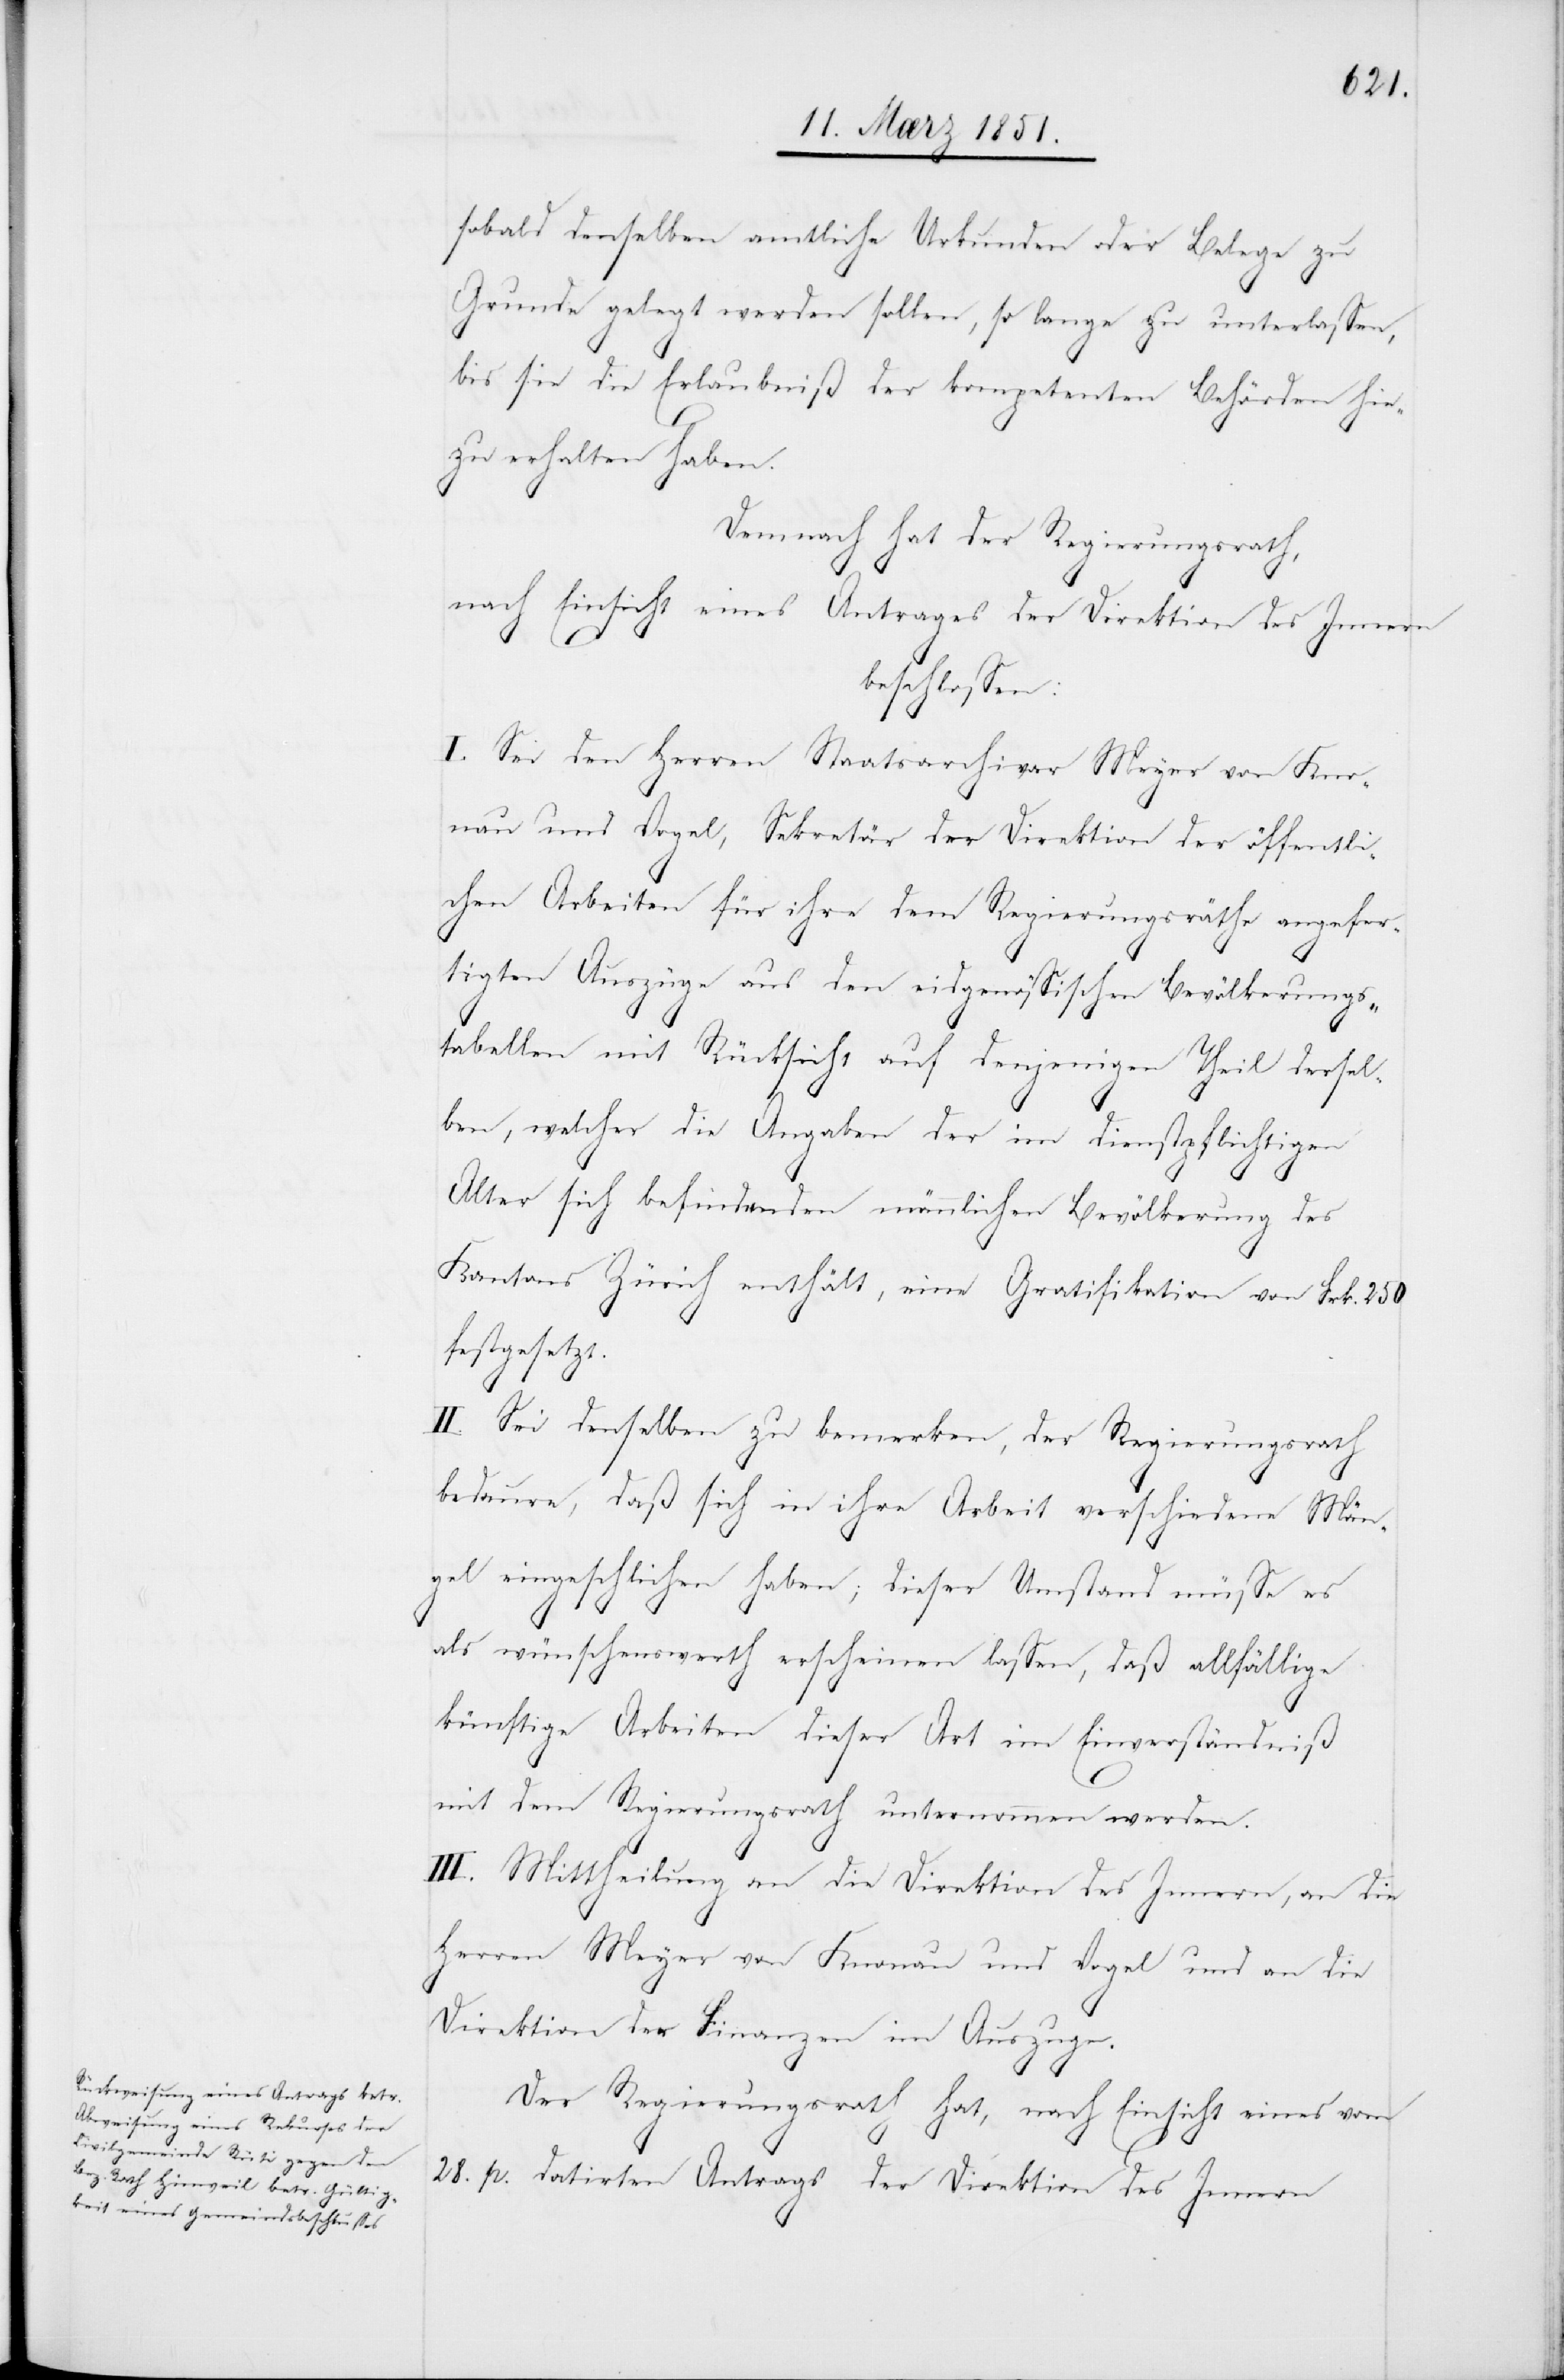
sobald denselben amtliche Urkunden oder Belege zu
Grunde gelegt werden sollen, so lange zu unterlassen,
bis sie die Erlaubniß der kompetenten Behörden hie¬
zu erhalten haben.
Demnach hat der Regierungsrath,
nach Einsicht eines Antrages der Direktion des Innern
beschlossen:
I. Sei den Herren Staatsarchivar Meyer von Kno¬
nau und Vogel, Sekretär der Direktion der öffentli¬
chen Arbeiten für ihre dem Regierungsräthe [sic!] angefe¬
rtigten Auszüge aus den eidgenössischen Bevölkerungs¬
tabellen mit Rücksicht auf denjenigen Theil dersel¬
ben, welcher die Angaben der im dienstpflichtigen
Alter sich befindenden männlichen Bevölkerung des
Kantons Zürich enthält, eine Gratifikation von Frk. 250
festgesetzt.
II. Sei denselben zu bemerken, der Regierungsrath
bedaure, daß sich in ihre Arbeit verschiedene Män¬
gel eingeschlichen haben; dieser Umstand müsse es
als wünschenswerth erscheinen lassen, daß allfällige
künftige Arbeiten dieser Art im Einverständniß
mit dem Regierungsrath unternommen werden.
III. Mittheilung an die Direktion des Innern, an die
Herren Meyer von Knonau und Vogel und an die
Direktion der Finanzen im Auszuge.
Der Regierungsrath hat, nach Einsicht eines vom
28. p. datirten Antrags der Direktion des Innern